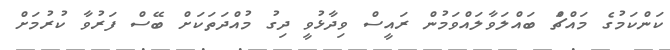
ކަންކަމުގެ މައްޗަް ބައްލަވާލައްވަމުން ރައީސް ވިދާޅުވީ ދިގު މުއްދަތަކަށް ބޭސް ފަރުވާ ކުރުމަށް